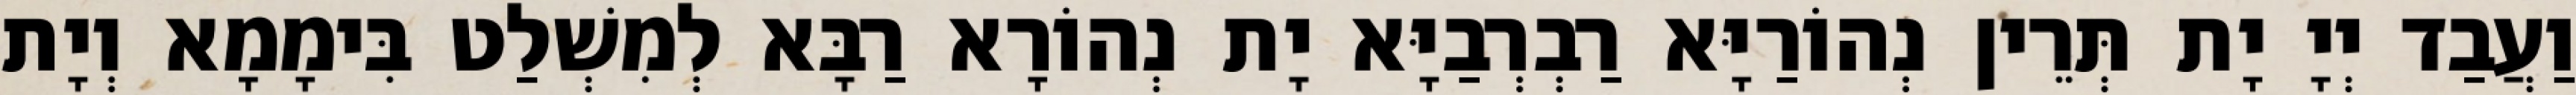
וַעֲבַד יְיָ יָת תְּרֵין נְהוֹרַיָּא רַבְרְבַיָּא יָת נְהוֹרָא רַבָּא לְמִשְׁלַט בִּימָמָא וְיָת